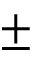
\pm